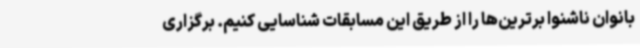
بانوان ناشنوا برترین‌ها را از طریق این مسابقات شناسایی کنیم. برگزاری